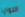
النوايا